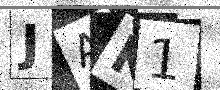
Text: JAK1